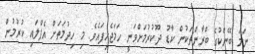
ނަމަ ބޭންކުގެ ބްރާންޗަކުން ކާޑު ދޫކުރުމަށްވަނީ ހަމަޖެހިފައެވެ. މި ހިދުމަތަށް އެޕްލައި ކުރުމުން